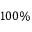
1 0 0 \%